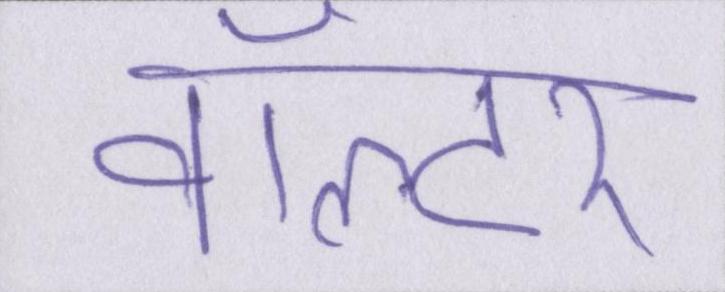
वॉल्टर